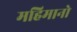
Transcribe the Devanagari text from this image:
महिमानो